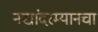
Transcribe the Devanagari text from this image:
नद्यांदरम्यानचा